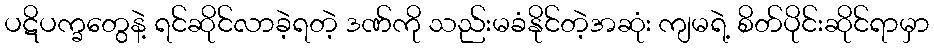
ပဋိပက္ခတွေနဲ့ ရင်ဆိုင်လာခဲ့ရတဲ့ ဒဏ်ကို သည်းမခံနိုင်တဲ့အဆုံး ကျမရဲ့ စိတ်ပိုင်းဆိုင်ရာမှာ